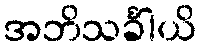
အဘိသင်္ခါယိ